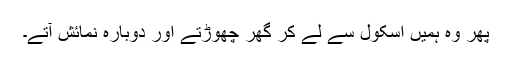
پھر وہ ہمیں اسکول سے لے کر گھر چھوڑتے اور دوبارہ نمائش آتے۔